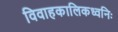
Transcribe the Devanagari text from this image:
विवाहकालिकध्वनिः